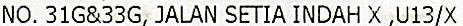
NO. 31G&33G, JALAN SETIA INDAH X ,U13/X